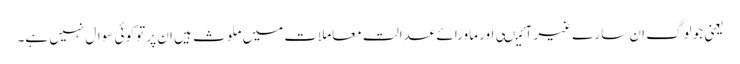
یعنی جو لوگ ان سارے غیر آئیںی اور ماورائے عدالت معاملات میں ملوث ہیں ان پر تو کوئی سوال نہیں ہے۔